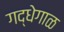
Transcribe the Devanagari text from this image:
गद्धेगाळ